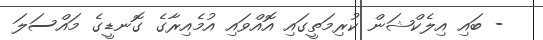
- ބައި އިލެކްޝަން ކުރިމަތީގައި އޮއްވައި އުމެއިރާގެ ގޮނޑީގެ މައްސަލަ